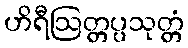
ဟိရီဩတ္တပ္ပသုတ္တံ